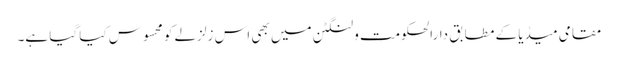
مقامی میڈیا کے مطابق دارالحکومت ولنگٹن میں بھی اس زلزلے کو محسوس کیا گیا ہے۔